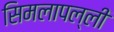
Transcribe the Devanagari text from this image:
सिमलापल्ली